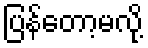
ပြန်တော့မလို့